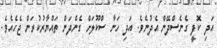
އަދި ކޮފީ ގެނެސްދޭން އެދުނެވެ. އަދި ހަނާ ސްކޫލަށް ގެންދަން ތައްޔާރުކުރަން ޖެހެއެވެ.